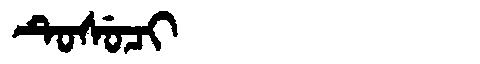
Manchu: ᡨᡠᠰᡠᠴᡳ
Romanization: TUSUCI